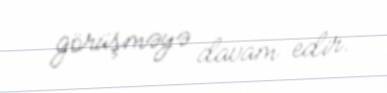
görüşməyə davam edir.